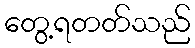
တွေ့ရတတ်သည်